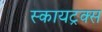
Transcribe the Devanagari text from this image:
स्कायट्रक्स